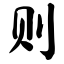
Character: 则